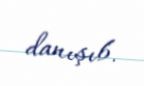
danışıb.